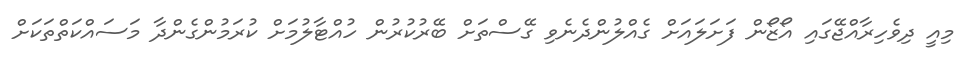
މިއީ ދިވެހިރާއްޖޭގައި އޯޒޯން ފަށަލައަށް ގެއްލުންދެނެވި ގޭސްތަށް ބޭރުކުރުން ހުއްޓާލުމަށް ކުރަމުންގެންދާ މަސައްކަތްތަކަށް